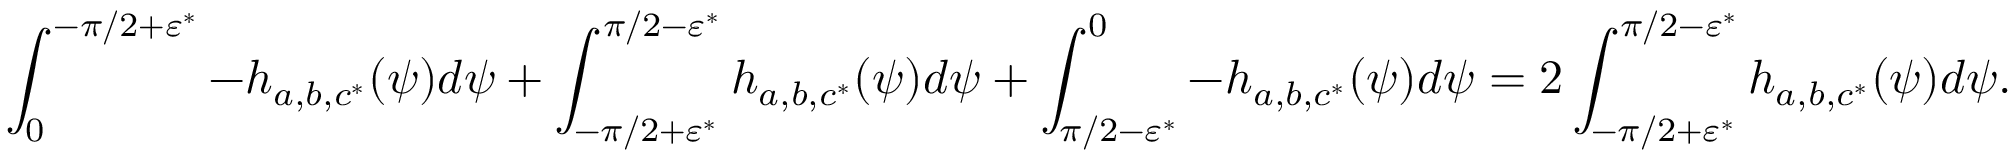
\int _ { 0 } ^ { - \pi / 2 + \varepsilon ^ { * } } - h _ { a , b , c ^ { * } } ( \psi ) d \psi + \int _ { - \pi / 2 + \varepsilon ^ { * } } ^ { \pi / 2 - \varepsilon ^ { * } } h _ { a , b , c ^ { * } } ( \psi ) d \psi + \int _ { \pi / 2 - \varepsilon ^ { * } } ^ { 0 } - h _ { a , b , c ^ { * } } ( \psi ) d \psi = 2 \int _ { - \pi / 2 + \varepsilon ^ { * } } ^ { \pi / 2 - \varepsilon ^ { * } } h _ { a , b , c ^ { * } } ( \psi ) d \psi .